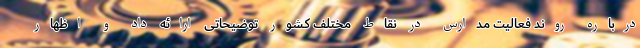
درباره روند فعالیت مدارس در نقاط مختلف کشور توضیحاتی ارائه داد و اظهار